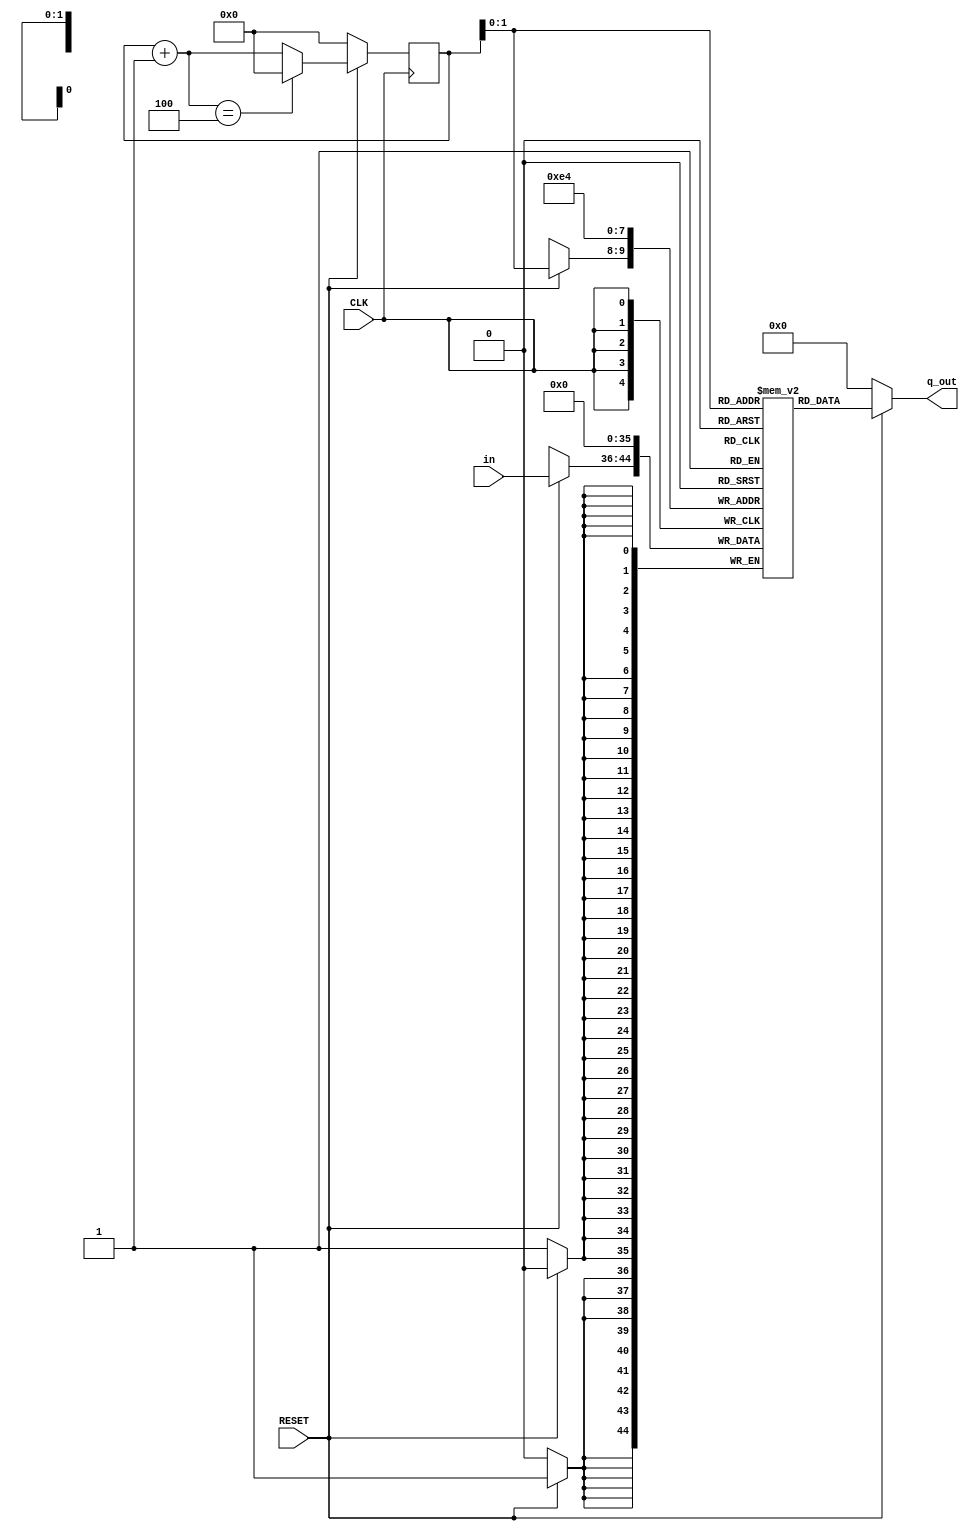
`timescale 1ns / 1ps
//////////////////////////////////////////////////////////////////////////////////
// Company: 
// Engineer: 
// 
// Design Name: 
// Module Name:    D_FF 
// Project Name: 
// Target Devices: 
// Tool versions: 
// Description: 
//
// Dependencies: 
//
// Revision: 
// Revision 0.01 - File Created
// Additional Comments: 
//
//////////////////////////////////////////////////////////////////////////////////
module D_FF #(parameter BW = 9,
								No_SOS = 4)
				 (input signed [BW-1:0]in,
				  input CLK,RESET,
				  output reg signed [BW-1:0] q_out);
		   
	
	reg [BW-1:0] reg_in [ 0:No_SOS-1];
	integer i;
	
	wire [3:0] stage_no;
	reg [3:0] val;
	
	always @(posedge CLK) begin
			if (~RESET) begin
				val<=0;
			end
			else begin
				if(stage_no==No_SOS)
					val <= 0;
				else
					val <= stage_no;
			end	
		end
	
	assign stage_no = val+1;
	
	always @(posedge CLK ) begin
	
		if (~RESET) begin
			for(i = 0; i < No_SOS; i = i+1) begin
				reg_in[i] <= 0;
			end	
		end
		else begin
				reg_in[val] <= in;
		end		
	end
	
		always @(stage_no) begin
			if(~RESET) begin
				q_out = 0;
			end
			else begin
				q_out = reg_in[val];
			end
		end	
endmodule